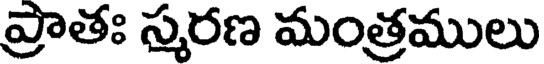
ప్రాతః స్మరణ మంత్రములు